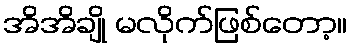
အိအိချို မလိုက်ဖြစ်တော့။